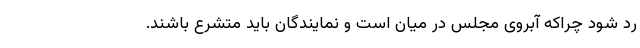
رد شود چراکه آبروی مجلس در میان است و نمایندگان باید متشرع باشند.